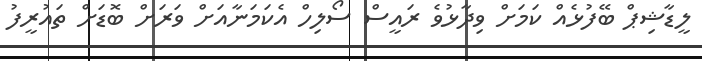
ލީޑާޝިޕް ބޭފުޅެއް ކަމަށް ވިދާޅުވެ ރައީސް ސޯލިހް އެކަމަނާއަށް ވަރަށް ބޮޑަށް ތައުރީފު